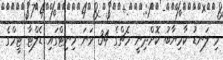
މި ލަނޑު ކާމިޔާބު ކޮށްދިނީ މެޗްގެ 34 ވަނަ މިނިޓްގައި ޑެލްޓާ ޓީމްގެ